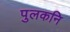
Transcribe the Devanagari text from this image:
पुलकनि